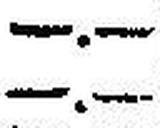
—.—